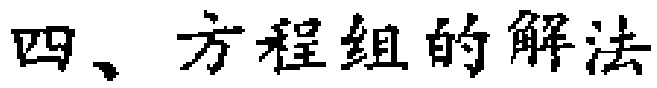
四、方程组的解法